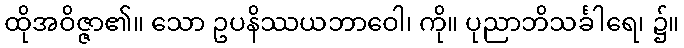
ထိုအဝိဇ္ဇာ၏။ သော ဥပနိဿယဘာဝေါ၊ ကို။ ပုညာဘိသင်္ခါရေ၊ ၌။